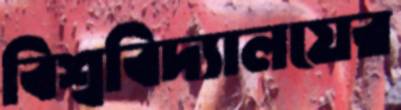
বিশ্ববিদ্যালযের